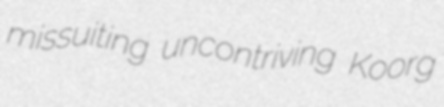
missuiting uncontriving Koorg